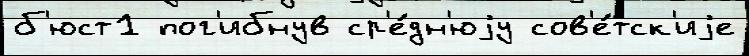
б'юст1 пог'ибнув ср'е́дн'юjу сов'е́тск'иjе